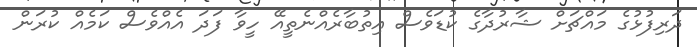
ދަރިފުޅުގެ މައްޗަށް ޝާރުދާގެ ކުޑަވެސް އިތުބާރެއްނެތީއޭ ހީވާ ފަދަ އެއްވެސް ކަމެއް ކުރަން